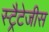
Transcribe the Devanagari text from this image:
स्ट्रैटेजीस